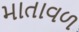
માતાવળ